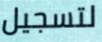
لتسجيل